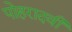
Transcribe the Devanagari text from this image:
पोहरादवी